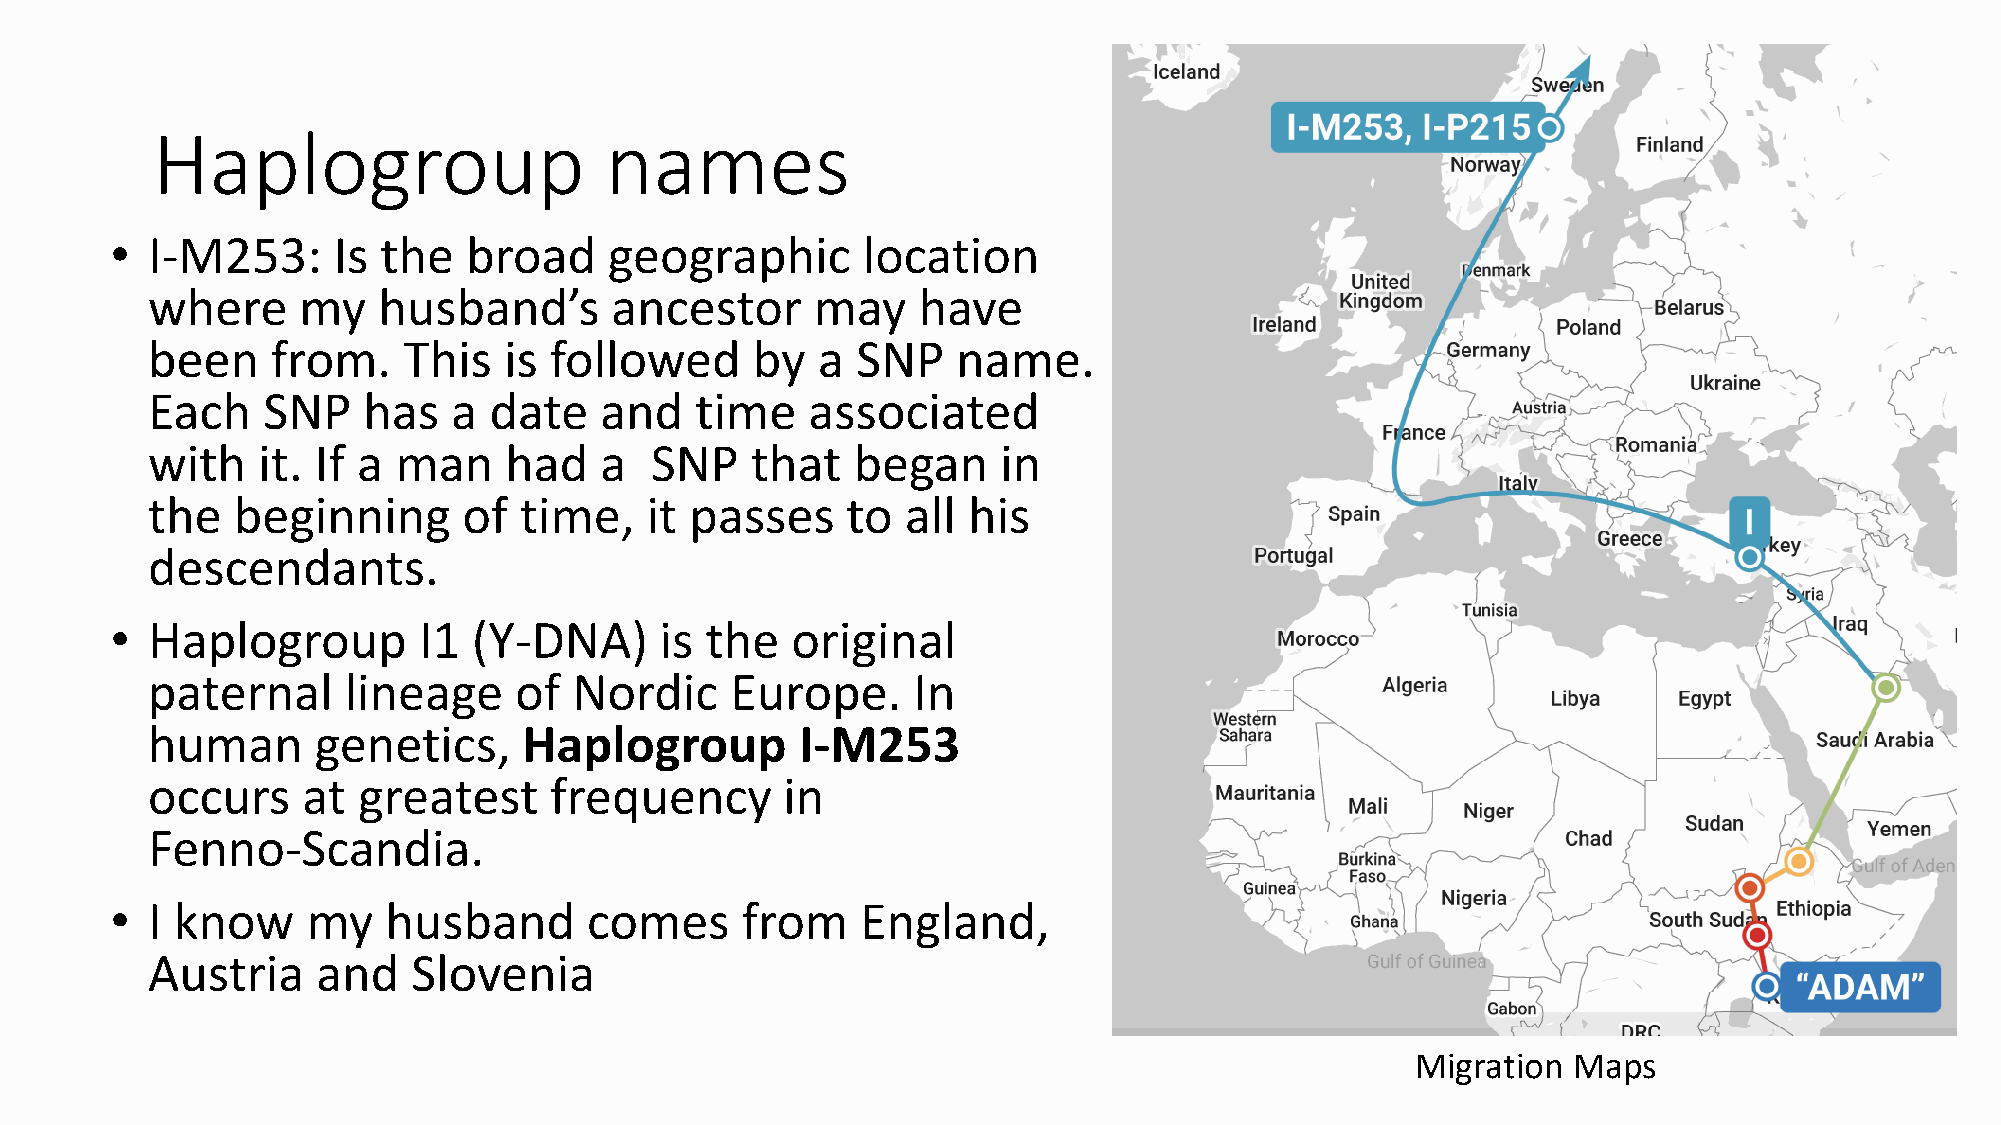
Haplogroup                    names
 •  I-M253:     Is the   broad    geographic       location
 where     my   husband’s      ancestor      may    have
 been    from.    This  is followed      by  a  SNP   name.
 Each   SNP    has   a date    and   time   associated
 with   it. If a man    had    a  SNP    that  began     in
 the  beginning       of time,    it passes    to  all his
 descendants.
 •  Haplogroup        I1 (Y-DNA)      is the  original
 paternal     lineage    of  Nordic    Europe.     In
 human      genetics,     Haplogroup        I-M253
 occurs    at  greatest    frequency       in
 Fenno-Scandia.
 •  I know    my   husband       comes     from    England,
 Austria    and   Slovenia
 Migration Maps